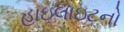
હાઇલાઇટનો